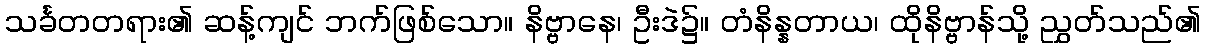
သင်္ခတတရား၏ ဆန့်ကျင် ဘက်ဖြစ်သော။ နိဗ္ဗာနေ၊ ဦးဒဲ၌။ တံနိန္နတာယ၊ ထိုနိဗ္ဗာန်သို့ ညွှတ်သည်၏